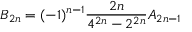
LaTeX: B _ { 2 n } = ( - 1 ) ^ { n - 1 } { \frac { 2 n } { 4 ^ { 2 n } - 2 ^ { 2 n } } } A _ { 2 n - 1 }